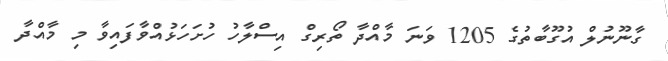
ގާނޫނުލް އުގޫބާތުގެ 1205 ވަނަ މާއްދާ ތޯރިގް އިސްލާހު ހުށަހަޅުއްވާފައިވާ މި މާއްދާ